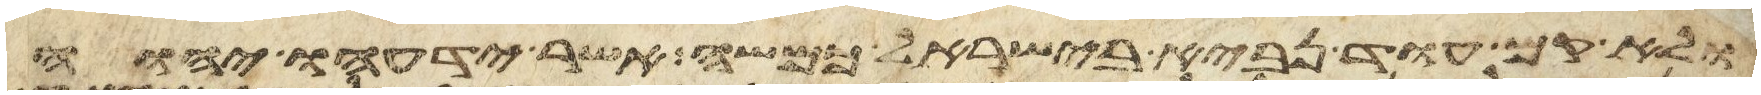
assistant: ולא קם עוד נביא בישראל כמשה אשר ידעו יהוה